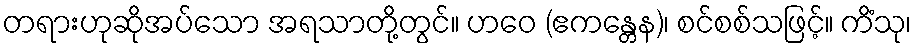
တရားဟုဆိုအပ်သော အရသာတို့တွင်။ ဟဝေ (ဧကန္တေန)၊ စင်စစ်သဖြင့်။ ကိံသု၊